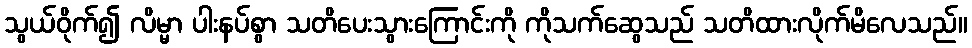
သွယ်ဝိုက်၍ လိမ္မာ ပါးနပ်စွာ သတိပေးသွားကြောင်းကို ကိုသက်ဆွေသည် သတိထားလိုက်မိလေသည်။